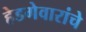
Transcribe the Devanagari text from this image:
हेडगेवारांचे